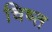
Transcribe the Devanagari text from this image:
चिष्त